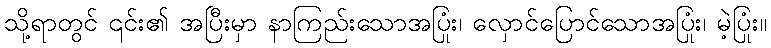
သို့ရာတွင် ၎င်း၏ အပြီးမှာ နာကြည်းသောအပြုံး၊ လှောင်ပြောင်သောအပြုံး၊ မဲ့ပြုံး။